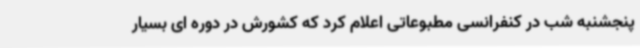
پنجشنبه شب در کنفرانسی مطبوعاتی اعلام کرد که کشورش در دوره ای بسیار